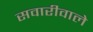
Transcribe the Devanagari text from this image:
सवारीवाले